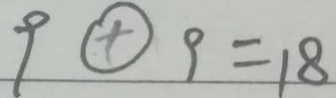
9 \textcircled { + } 9 = 1 8